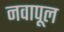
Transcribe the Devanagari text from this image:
नवापूल